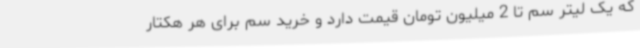
که یک لیتر سم تا 2 میلیون تومان قیمت دارد و خرید سم برای هر هکتار